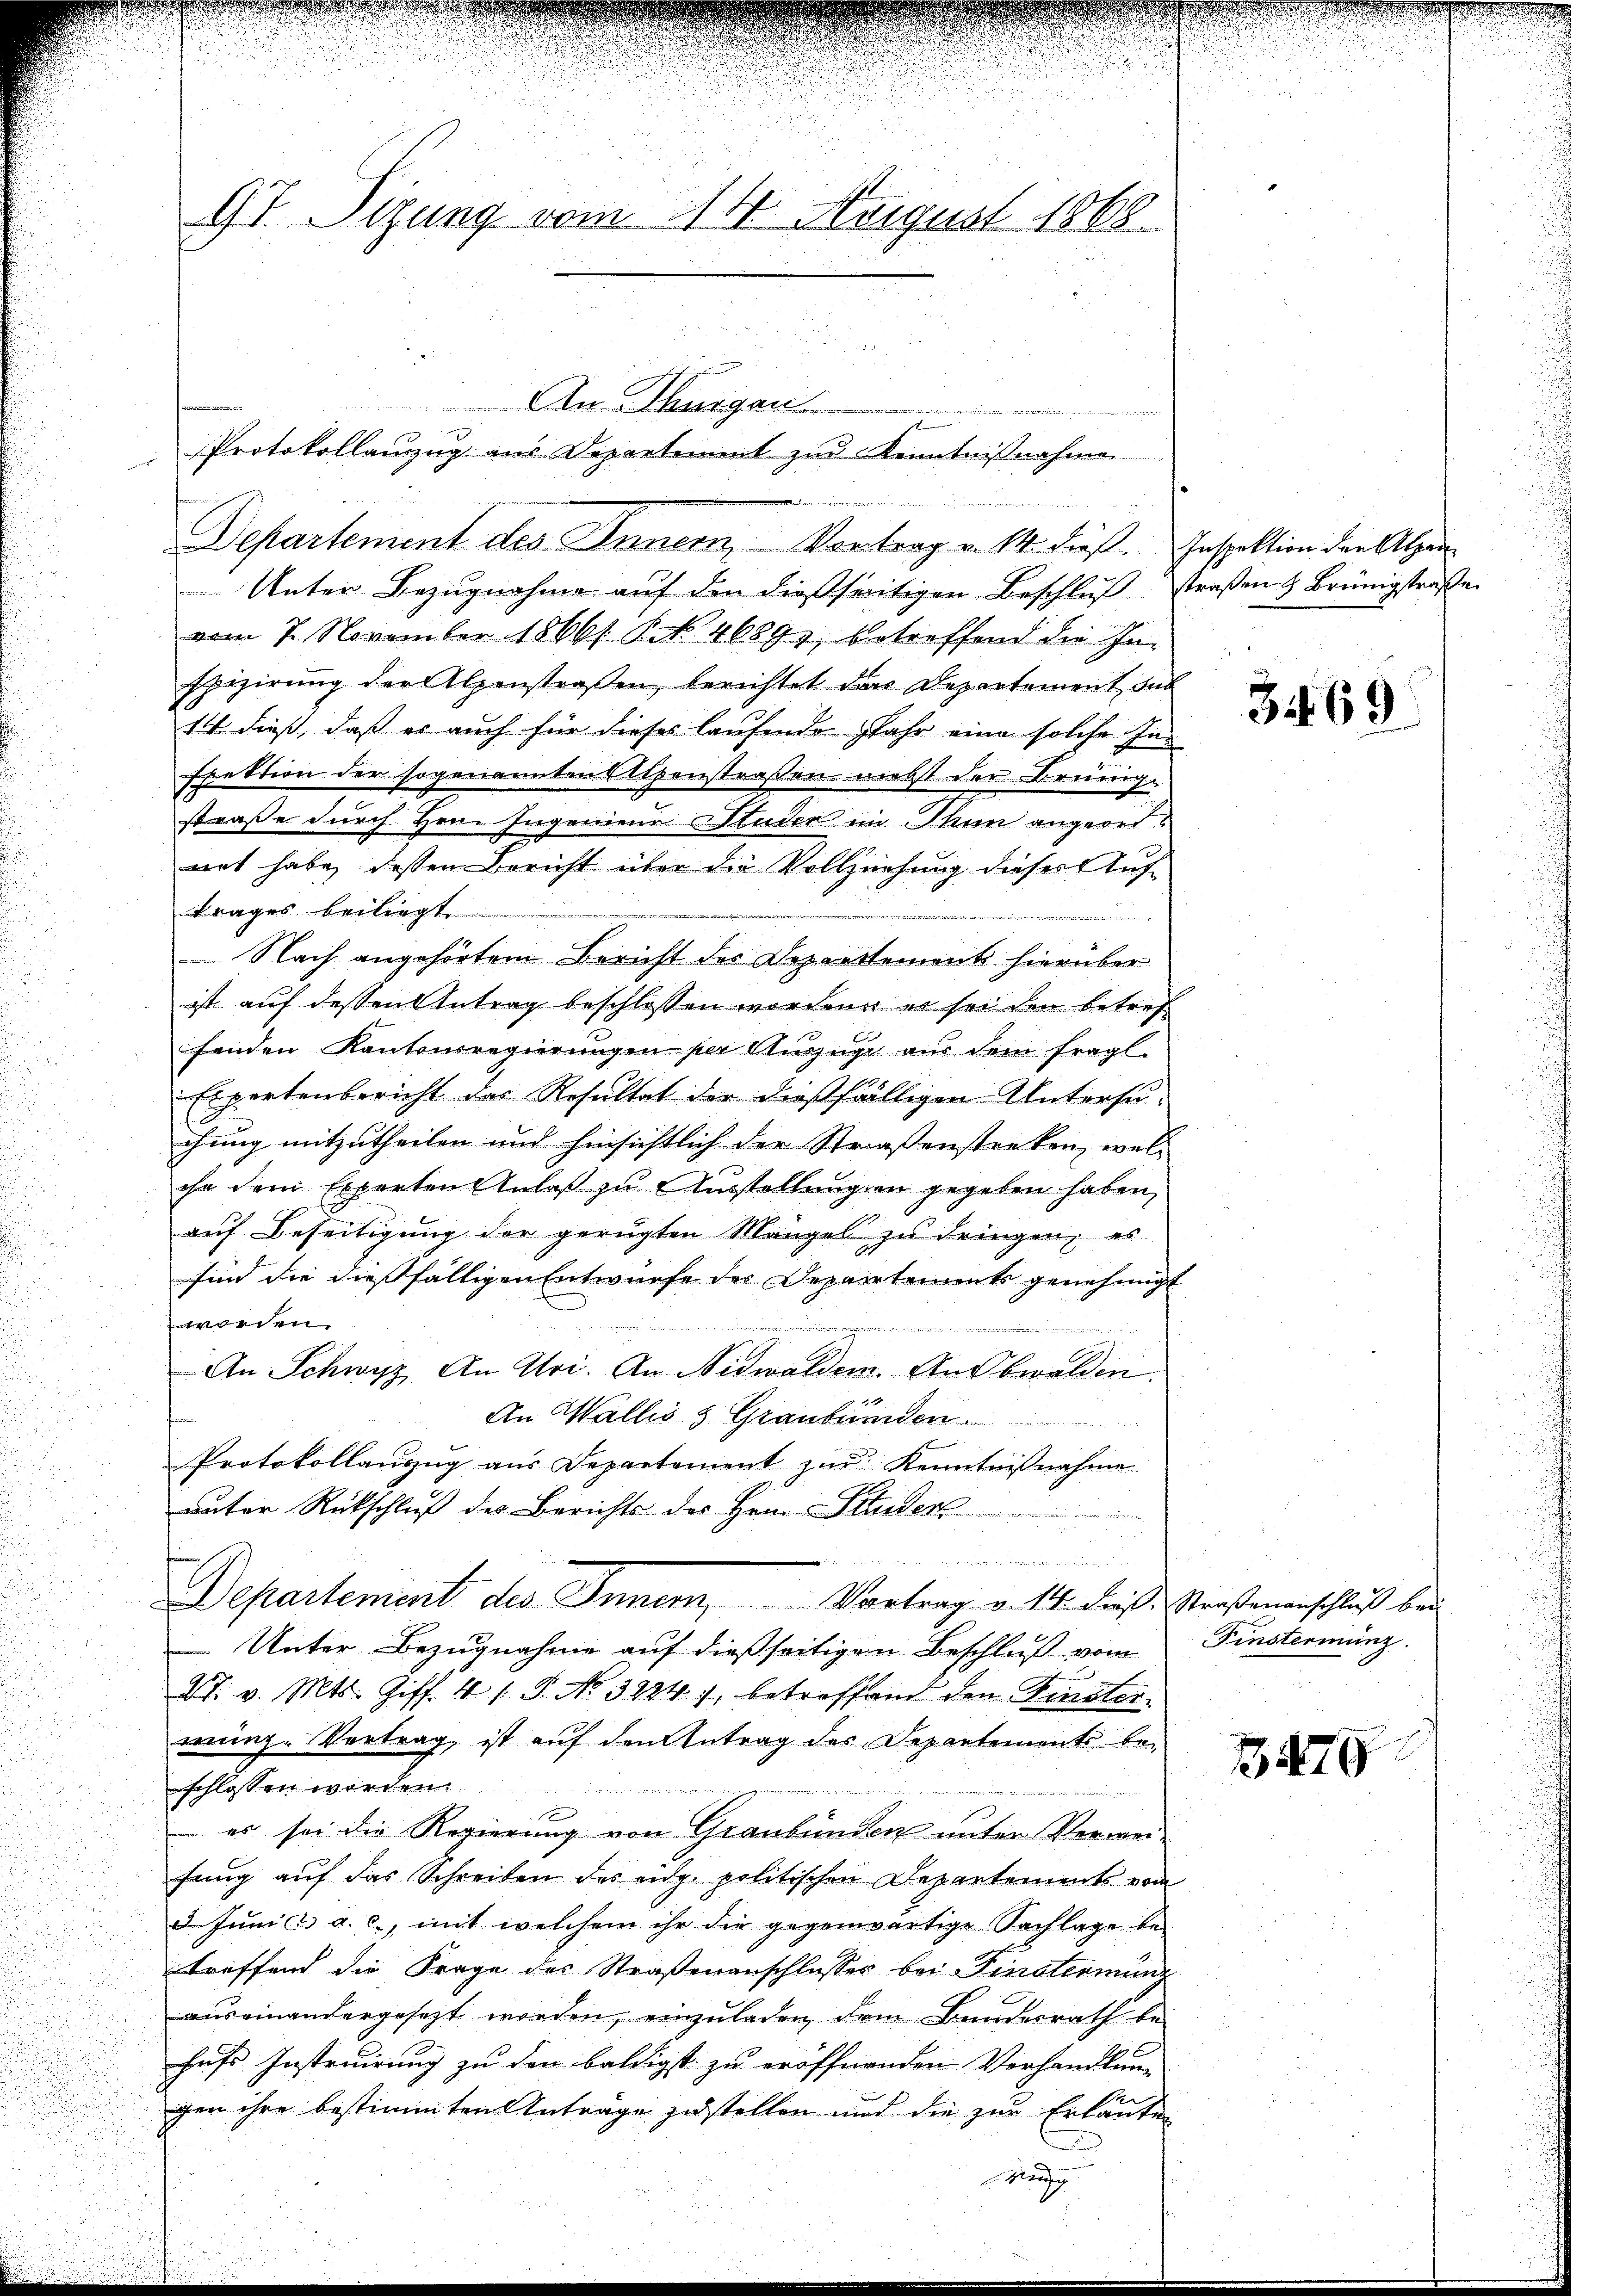
u
97. Sizung vom 14. August 1868.

e
Departement des Innern, Vortrag v. 14. dieß. Inspektion der Alpen

An Thurgau
Protokollauszug aus Departement zur Kenntnißnahme

e
Unter Bezugnahme auf der dießseitigen Beschluß
vom 7. November 18661 S. 46891, betreffend die In-
spizierung der Alpenstraßen, berichtet das Departement sub
14 dieß, daß es auch für dieses laufende Jahr eine solche Inspektion der sogenannten Sitzenstraßen niebst der Brünge
straße durch Hrn. Ingenieur Studen im Thun angeordnet habe dessen Bericht über die Vollziehung dieser Auftrages beiliegt.

Nach angehörtem Bericht der Departtements hierüber
ist auf dessen Antrag beschlossen worden er sei den betref
fenden Kantonsregierŭngen per Auszüge aus dem fragl.
Expertenbericht des Resultat der dießfälligen Untersu¬
.
chung mitzutheilen und hinsichtlich der Strassenstecken, wel-
ihn dem Experten Anlaß zu Ausstellungen gegeben haben,
auf Beseitigung der gerügten Mangel zu dringen, es
sind die dießfälligen Entwurfe des Departements genehmigt
worden.
dietarische
u
An Schwyz, An Uri. An Nidwalden. Ausbwalden.

An Wallis 3 Graubünden

Protokollaŭzŭg aŭs Departement zŭr Kenntniβnahme
unter Rückschluß des Berichts des Herrn Standert

 Later de
d
Departement des Innern, Vortrag v. 14. dieß. Straßenanschluß bei
Unter Bezugnahme auf dießseitigen Beschluß vom
S. v. Mts. Giff. 4 /: P. No. 3224), betreffend den Finster-
mung. Vertrag, ist auf den Antrag der Departements beschlossen worden
es sei die Regierung von Graubünden unter Verwei-
fung auf das Schreiben des eidg. politischen Departements vom
2. Juni a. c., mit welchem ihr die gegenwärtige Nachlage betreffend die Frage des Straßenanschlusser bei Finsterminz
auseinandergesetzt worden, einzuladen dem Bundesrath be-
hufs Instruirung zu den baldigst zu eröffnenden Verhandlung
e
gen ihre bestimmten Anträge zustellen und die zur Erlaute
 Geg

straßen & Brünigstraße

369

Finstermang

747